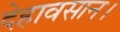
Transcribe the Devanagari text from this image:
देहावसान।